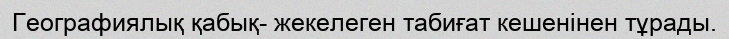
Географиялық қабық- жекелеген табиғат кешенінен тұрады.